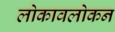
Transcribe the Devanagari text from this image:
लोकावलोकन